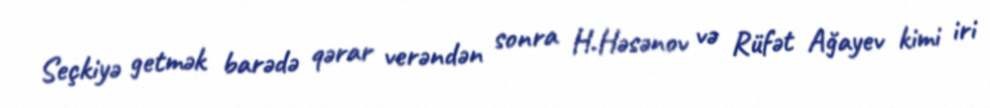
Seçkiyə getmək barədə qərar verəndən sonra H.Həsənov və Rüfət Ağayev kimi iri